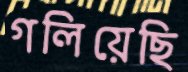
গলিয়েছি